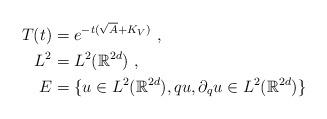
LaTeX: \begin{align*}\begin{aligned}T(t)&=e^{-t(\sqrt{A}+K_{V})}~,\\ L^2&= L^2(\mathbb{R}^{2d})~,\\ E&= \lbrace u\in L^2(\mathbb{R}^{2d}), qu,\partial_qu\in L^2(\mathbb{R}^{2d})\rbrace\end{aligned}\end{align*}